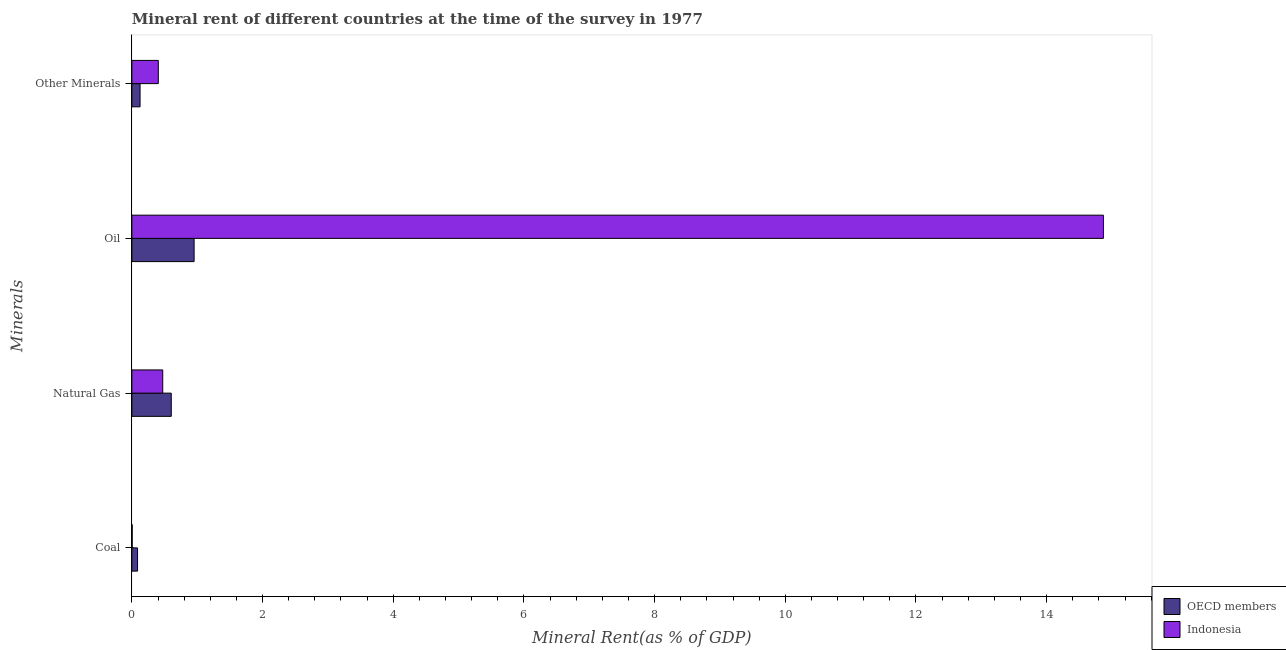
| Minerals | OECD members | Indonesia |
 | --- | --- | --- |
 | Coal | 0.0868 | 0.00466 |
 | Natural Gas | 0.603 | 0.472 |
 | Oil | 0.952 | 14.9 |
 | Other Minerals | 0.125 | 0.405 |